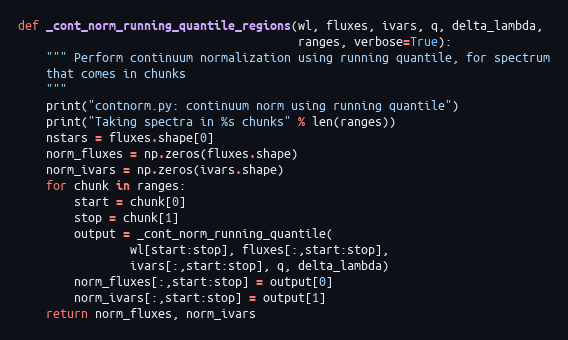
Language: Python
def _cont_norm_running_quantile_regions(wl, fluxes, ivars, q, delta_lambda,
                                        ranges, verbose=True):
    """ Perform continuum normalization using running quantile, for spectrum
    that comes in chunks
    """
    print("contnorm.py: continuum norm using running quantile")
    print("Taking spectra in %s chunks" % len(ranges))
    nstars = fluxes.shape[0]
    norm_fluxes = np.zeros(fluxes.shape)
    norm_ivars = np.zeros(ivars.shape)
    for chunk in ranges:
        start = chunk[0]
        stop = chunk[1]
        output = _cont_norm_running_quantile(
                wl[start:stop], fluxes[:,start:stop],
                ivars[:,start:stop], q, delta_lambda)
        norm_fluxes[:,start:stop] = output[0]
        norm_ivars[:,start:stop] = output[1]
    return norm_fluxes, norm_ivars